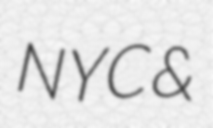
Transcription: NYC &